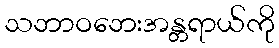
သဘာဝဘေးအန္တရာယ်ကို